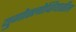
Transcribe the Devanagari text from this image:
युगोस्लोव्हियातील